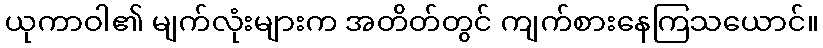
ယုကာဝါ၏ မျက်လုံးများက အတိတ်တွင် ကျက်စားနေကြသယောင်။